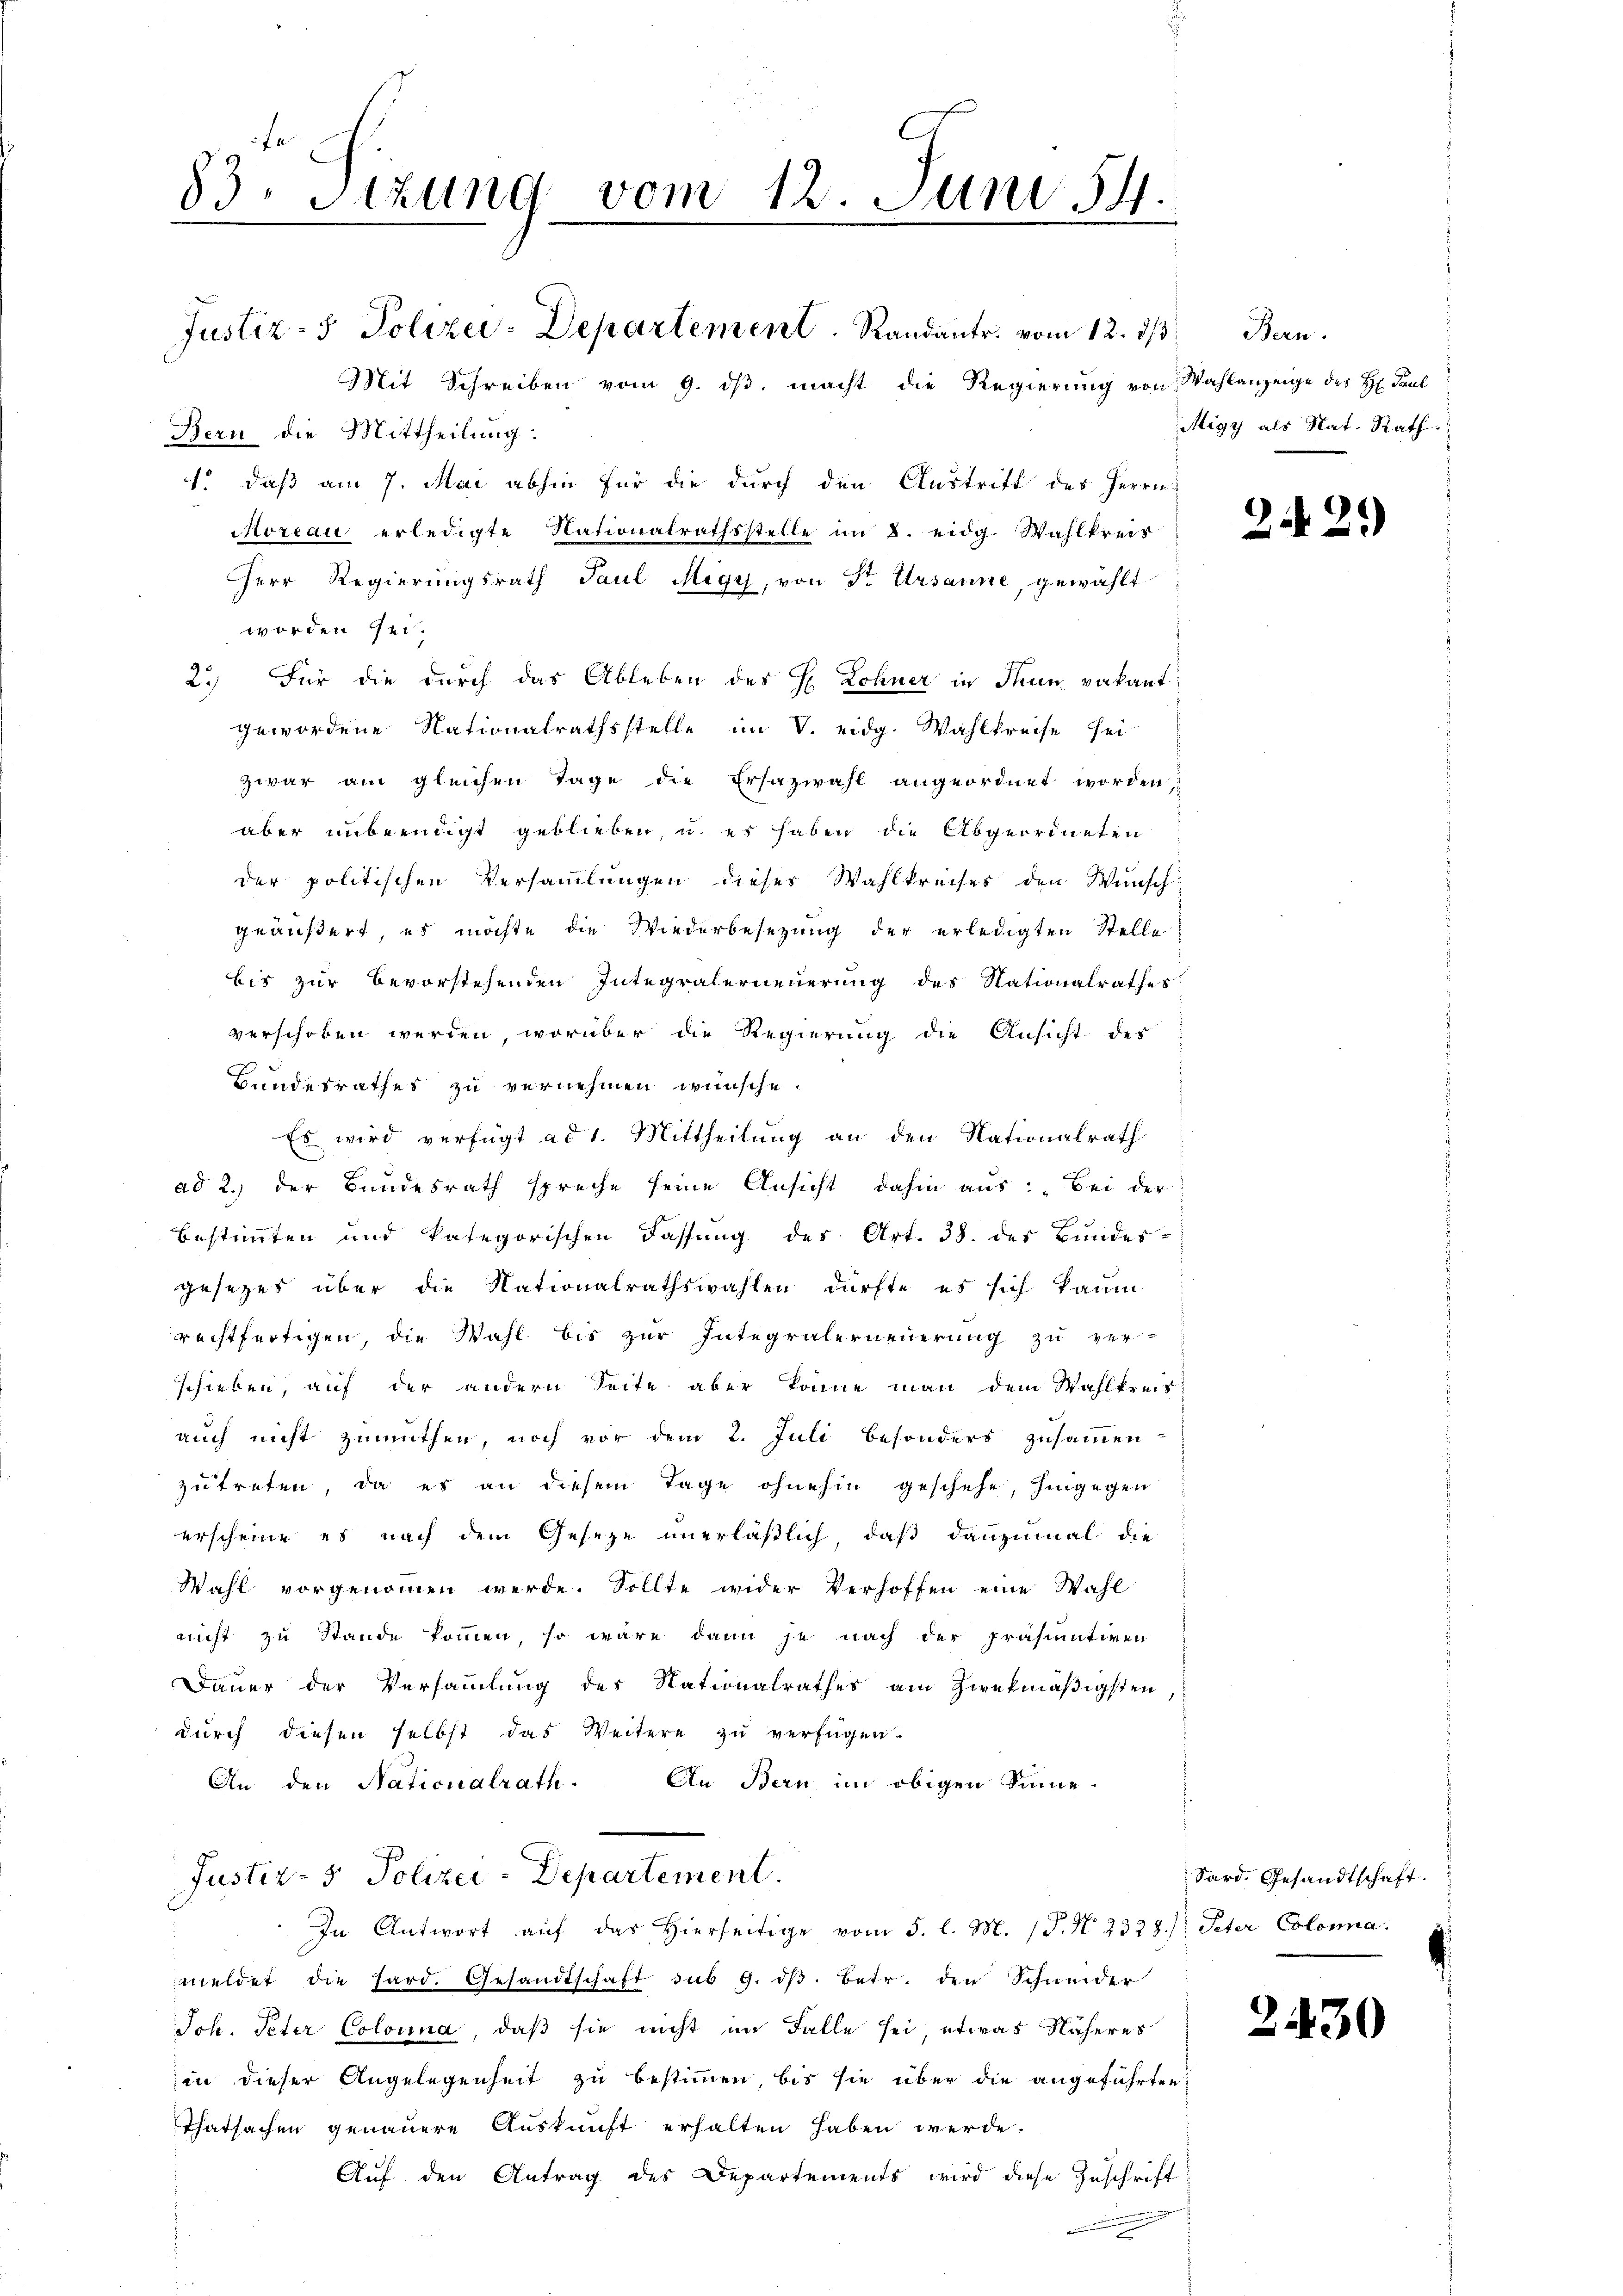
83. Sitzung vom 12. Juni 14.

Mit Schreiben vom 9. ds. macht die Regierung von Wahlanzeige des H. Paul
Bern die Mittheilung:
1. daß am 7. Mai abhin für die durch den Austritt des Herrn
Moreau erledigte Nationalrathsstelle im 8. eidg. Wahlkreis
Herr Regierungsrath Paul Migy, von Sr. Ursanne, gewählt
worden sei.
2.) Für die durch das Ableben des H. Lohner in Thun vakant
gewordene Nationalrathsstelle im V. eidg. Wahlkreise sei-
zwar am gleichen Tage die Ersazwahl angeordnet worden,
aber unbeendigt geblieben, u. es haben die Abgeordneten
der politischen Versammlungen dieser Wahlkreises den Wunsch
geäußert, es möchte die Wiederbesetzung der erledigten Stelle
bis zur Bevorstehenden Integralerneuerung des Nationalrathes
verschoben werden, worüber die Regierung die Ansicht des
e
Bundesrathes zu vernehmen wünsche.
Es wird verfügt ad 1. Mittheilung an den Nationalrath
ad 2.) der Bundesrath spreche seine Ansicht dahin aus: „Bei der
bestimmten und kategorischen Fassung des Art. 38. des Bundes-
gesetzes über die Nationalrathswahlen dürfte es sich kaum
rechtfertigen, die Wahl bis zur Integralerneuerung zu ver-
schieben, auf der andern Seite aber könne man dem Wahlkreis
auch nicht zumuthen, noch vor dem 2. Juli besonders zusammen
zutreten, da es an diesem Tage ohnehin geschehe, hingegen
erscheine es nach dem Geseze unerläßlich, daß dannzumal die
Wahl vorgenommen werde. Sollte wider Verhoffen eine Wahl
nicht zu Stande kommen, so wäre dann je nach der Präsinativen
Dauer der Versammlung des Nationalrathes am zwekmäßigsten
durch diesen selbst das Weitere zu verfügen.
An den Nationalrath. An Bern, im obigen Sinne-
Justiz- & Polizei-Departement.
In Antwort aŭf das hierseitige vom 5. l. M. (T. N. 2328.) Peter Colona.
meldet die Hard. Gesandtschaft sus 9. dβ. Betr. den Schneider
Joh. Peter Colonna, daß sie nicht im Falle sei, etwas Näheres
in dieser Angelegenheit zu bestimmen, bis sie über die angeführten
Thatsachen genauere Auskunft erhalten haben werde.
Auf den Antrag des Departements wird diese Zuschrift

Justiz- & Polizei-Departement. Randantr. vom 12. dβ. Bern.

Migy als Nat. Rath

229)

Sard. Gesandtschaft.

2430